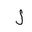
Letter: _lam